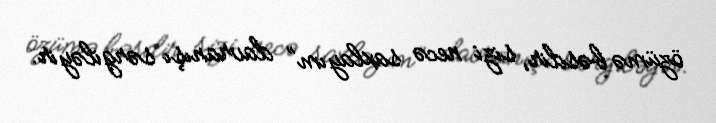
özümə bəsdir, sizi necə saxlayım” davranışı sərgiləyir.